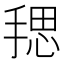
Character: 𪮏